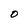
Character: O